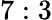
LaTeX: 7:3